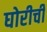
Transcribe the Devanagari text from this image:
घोरीची